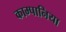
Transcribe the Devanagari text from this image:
काम्पानिया